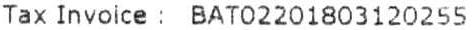
TAX INVOICE : BAT02201803120255